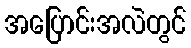
အပြောင်းအလဲတွင်